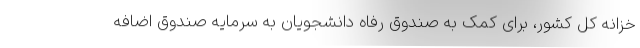
خزانه کل کشور، برای کمک به صندوق رفاه دانشجویان به سرمایه صندوق اضافه